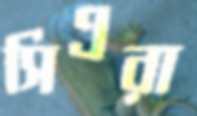
সিএরা